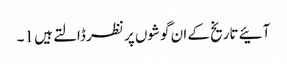
آئیے تاریخ کے ان گوشوں پر نظر ڈالتے ہیں 1۔